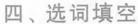
四、选词填空